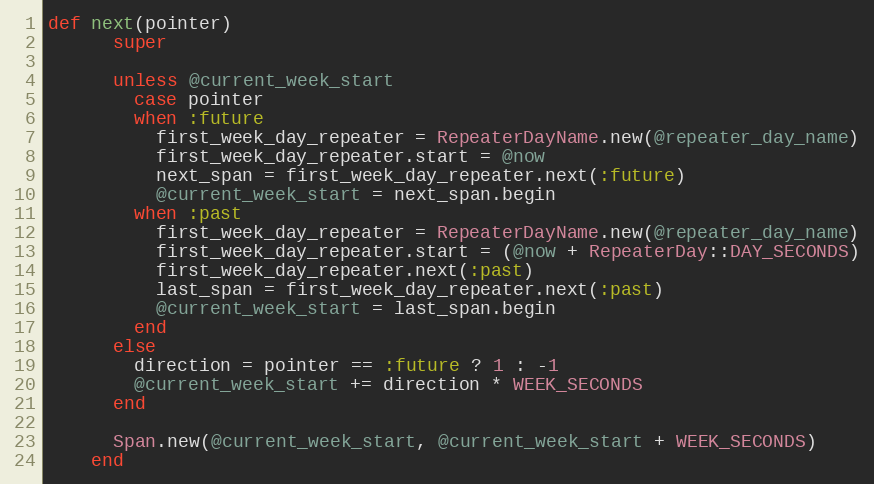
Language: Ruby
def next(pointer)
      super

      unless @current_week_start
        case pointer
        when :future
          first_week_day_repeater = RepeaterDayName.new(@repeater_day_name)
          first_week_day_repeater.start = @now
          next_span = first_week_day_repeater.next(:future)
          @current_week_start = next_span.begin
        when :past
          first_week_day_repeater = RepeaterDayName.new(@repeater_day_name)
          first_week_day_repeater.start = (@now + RepeaterDay::DAY_SECONDS)
          first_week_day_repeater.next(:past)
          last_span = first_week_day_repeater.next(:past)
          @current_week_start = last_span.begin
        end
      else
        direction = pointer == :future ? 1 : -1
        @current_week_start += direction * WEEK_SECONDS
      end

      Span.new(@current_week_start, @current_week_start + WEEK_SECONDS)
    end